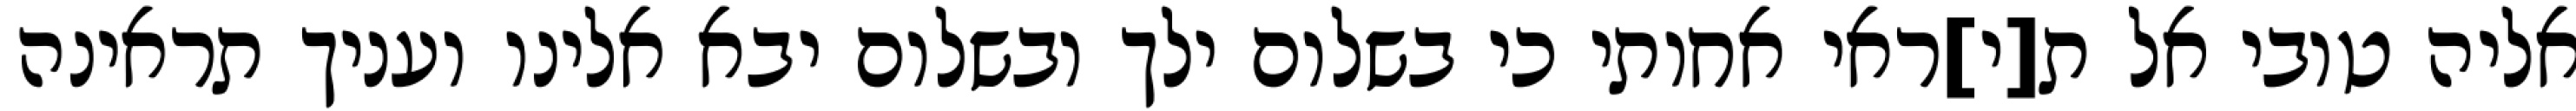
אליה טובי אל ת[י]ראי אחותי כי בשלום ילך ובשלום יבא אלינו ועניך תראינה